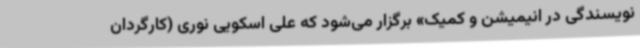
نویسندگی در انیمیشن و کمیک» برگزار می‌شود که علی اسکویی نوری (کارگردان